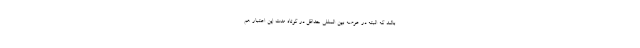
باشد كه البته در عرصه بين المللي حداقل در كوتاه مدت اين اعتبار هم